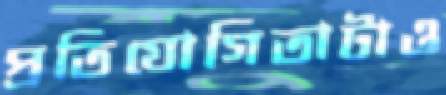
প্রতিযোগিতাটাও